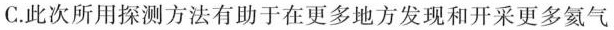
C.此次所用探测方法有助于在更多地方发现和开采更多氦气